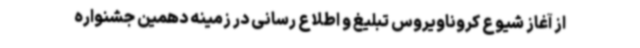
از آغاز شیوع کروناویروس تبلیغ و اطلاع رسانی در زمینه دهمین جشنواره